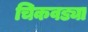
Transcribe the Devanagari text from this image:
चिकवड्या